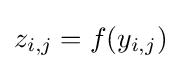
z_{i,j}=f(y_{i,j})